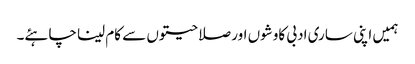
ہمیں اپنی ساری ادبی کاوشوں اور صلاحیتوں سے کام لینا چاہئے۔